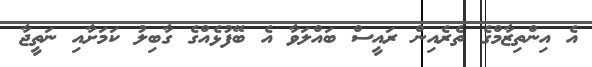
އެ އިންތިޒާމްގެ ތެރެއިން ރައީސް ބައްލަވާ އެ ބޭފުޅެއްގެ ގާބިލު ކަމަށާއި ނަތީޖާ